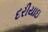
દરીયાઇ